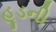
હૂડની